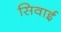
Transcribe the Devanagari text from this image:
सिवाई